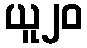
ယူ၂၀